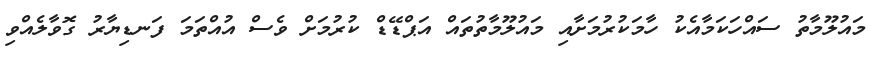
މައުލޫމާތު ސައްހަކަމާއެކު ހާމަކުރުމަށާއި މައުލޫމާތުތައް އަޕްޑޭޑް ކުރުމަށް ވެސް އުއްތަމަ ފަނޑިޔާރު ގޮވާލެއްވި